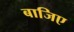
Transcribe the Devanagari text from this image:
बाजिए